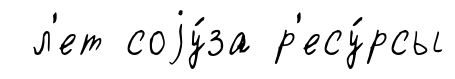
л'ет соjу́за р'есу́рсы